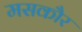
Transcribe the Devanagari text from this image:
मसकौर